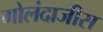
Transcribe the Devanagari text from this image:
गोलंदाजीस